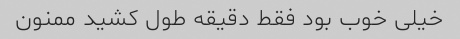
خیلی خوب بود فقط دقیقه طول کشید ممنون